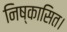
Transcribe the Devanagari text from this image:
निष्कासित।